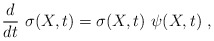
\begin{align*}{d\over dt}\ \sigma(X,t)=\sigma(X,t)\ \psi(X,t)\ ,\end{align*}